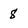
Character: 8